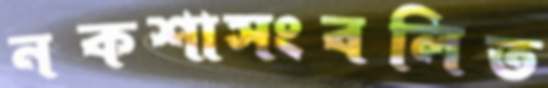
নকশাসংবলিত